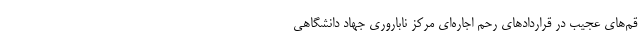
قم‌های عجیب در قراردادهای رَحِم اجاره‌ای مرکز ناباروری جهاد دانشگاهی